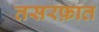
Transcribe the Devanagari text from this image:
तसरफ़ात